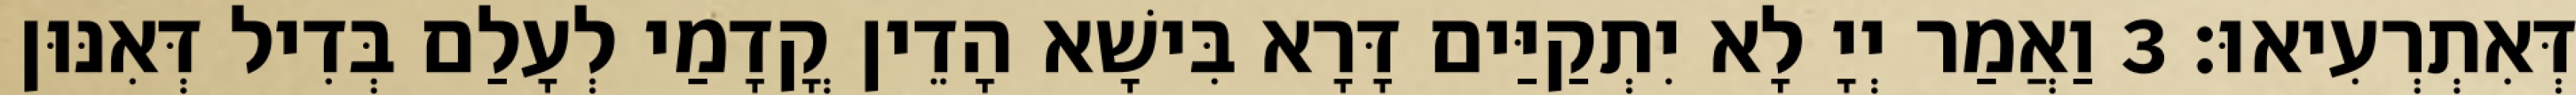
דְּאִתְרְעִיאוּ׃ 3 וַאֲמַר יְיָ לָא יִתְקַיַּים דָּרָא בִּישָׁא הָדֵין קֳדָמַי לְעָלַם בְּדִיל דְּאִנּוּן